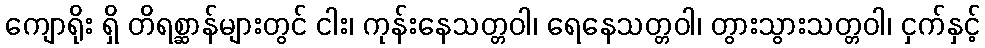
ကျောရိုး ရှိ တိရစ္ဆာန်များတွင် ငါး၊ ကုန်းနေသတ္တဝါ၊ ရေနေသတ္တဝါ၊ တွားသွားသတ္တဝါ၊ ငှက်နှင့်